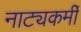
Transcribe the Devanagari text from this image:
नाट्यकर्मीं